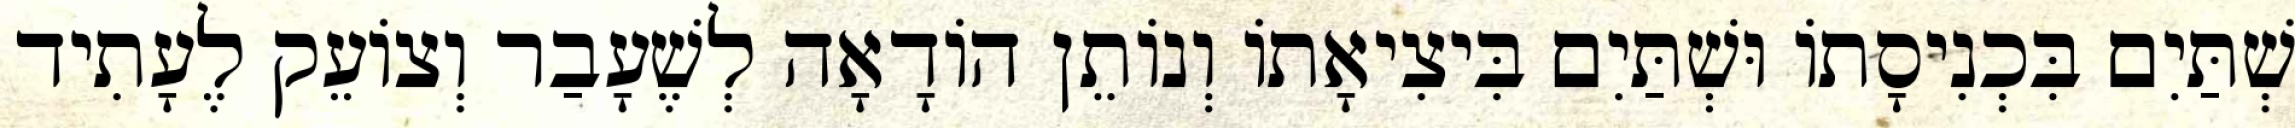
שְׁתַּיִם בִּכְנִיסָתוֹ וּשְׁתַּיִם בִּיצִיאָתוֹ וְנוֹתֵן הוֹדָאָה לְשֶׁעָבַר וְצוֹעֵק לֶעָתִיד